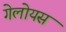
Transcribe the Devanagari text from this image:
गेलोयस